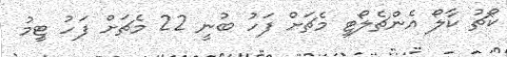
ކޯޗު ކާލޯ އެންޗެލޯޓީ މެޗަށް ފަހު ބުނީ 22 މެޗަށް ފަހު ޓީމު